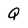
Character: Q